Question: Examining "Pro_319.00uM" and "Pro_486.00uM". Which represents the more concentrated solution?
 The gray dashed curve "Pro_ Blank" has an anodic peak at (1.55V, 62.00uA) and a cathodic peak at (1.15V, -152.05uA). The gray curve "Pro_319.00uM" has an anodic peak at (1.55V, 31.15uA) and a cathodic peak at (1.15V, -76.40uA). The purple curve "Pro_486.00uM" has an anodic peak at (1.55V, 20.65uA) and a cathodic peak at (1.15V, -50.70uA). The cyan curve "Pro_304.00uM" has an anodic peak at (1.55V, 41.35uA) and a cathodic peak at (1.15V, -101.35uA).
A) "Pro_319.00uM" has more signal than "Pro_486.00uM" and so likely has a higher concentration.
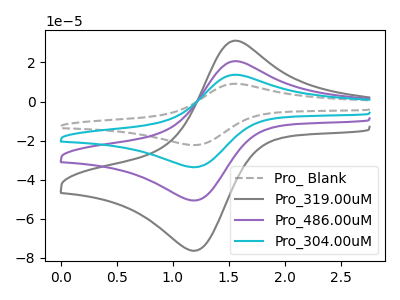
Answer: <think>All the peaks in "Pro_319.00uM" have a peak in "Pro_486.00uM" at the same potential. Every peak in "Pro_319.00uM" is higher than every peak in "Pro_486.00uM".
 </think>
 <answer>A) "Pro_319.00uM" has more signal than "Pro_486.00uM" and so likely has a higher concentration.</answer>
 <eval>A</eval>